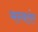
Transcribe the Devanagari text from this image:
मन्वतंर